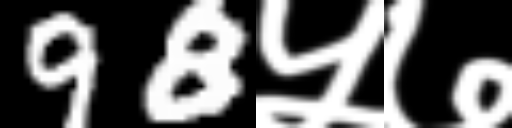
Text: 98५७